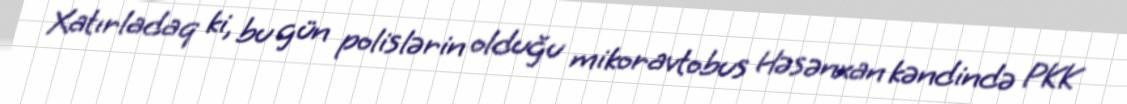
Xatırladaq ki, bu gün polislərin olduğu mikoravtobus Həsənxan kəndində PKK